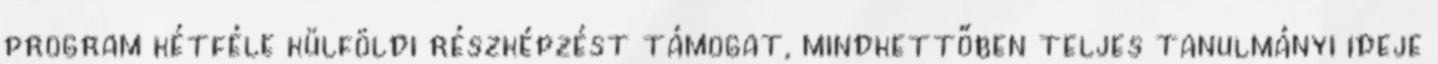
program kétféle külföldi részképzést támogat, mindkettőben teljes tanulmányi ideje